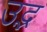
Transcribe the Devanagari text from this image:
उद्भ